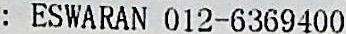
: ESWARAN 012-6369400